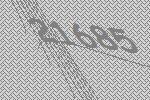
21685